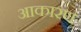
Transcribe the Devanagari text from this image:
आकारण